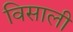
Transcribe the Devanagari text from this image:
विसाली